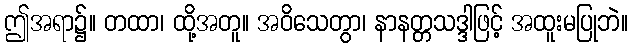
ဤအရာ၌။ တထာ၊ ထို့အတူ။ အဝိသေတွာ၊ နာနတ္တသဒ္ဒါဖြင့် အထူးမပြုဘဲ။